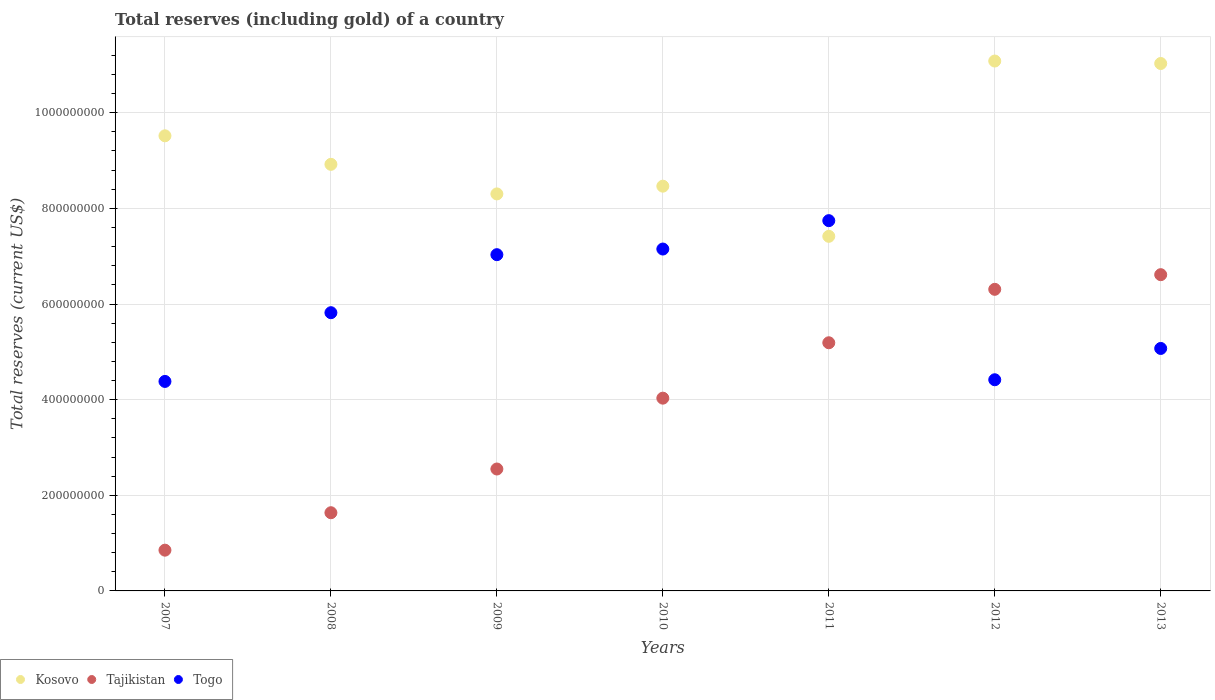
| Years | Kosovo | Tajikistan | Togo |
 | --- | --- | --- | --- |
 | 2007 | 9.52e+08 | 8.52e+07 | 4.38e+08 |
 | 2008 | 8.92e+08 | 1.64e+08 | 5.82e+08 |
 | 2009 | 8.3e+08 | 2.55e+08 | 7.03e+08 |
 | 2010 | 8.46e+08 | 4.03e+08 | 7.15e+08 |
 | 2011 | 7.42e+08 | 5.19e+08 | 7.74e+08 |
 | 2012 | 1.11e+09 | 6.31e+08 | 4.42e+08 |
 | 2013 | 1.1e+09 | 6.61e+08 | 5.07e+08 |